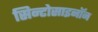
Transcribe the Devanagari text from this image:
सिन्टोसाइनॉन